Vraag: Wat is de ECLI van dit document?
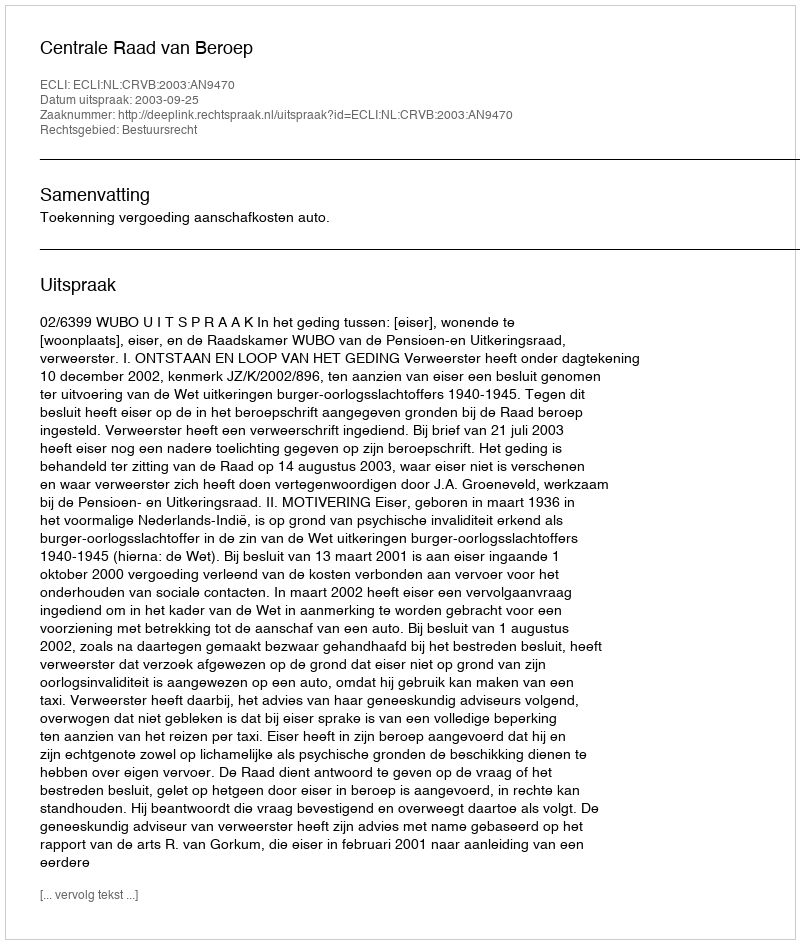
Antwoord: ECLI:NL:CRVB:2003:AN9470